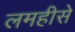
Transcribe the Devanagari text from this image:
लमहीसे